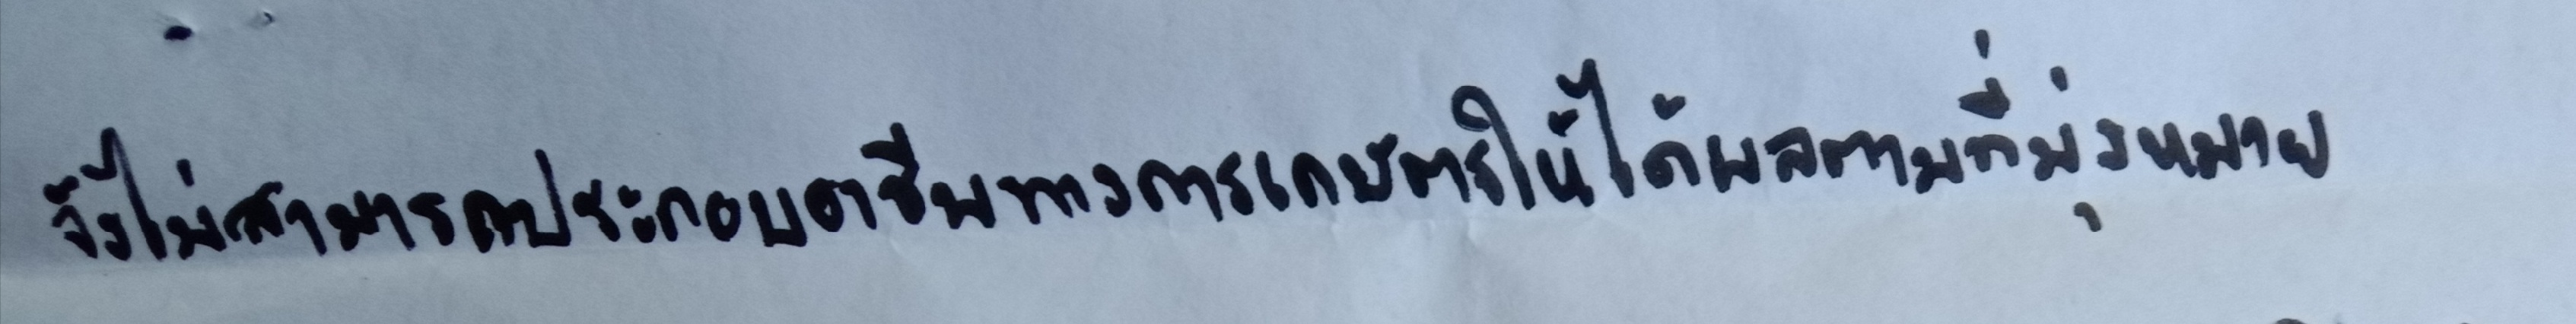
จึงไม่สามารถประกอบอาชีพทางการเกษตรให้ได้ผลตามที่มุ่งหมาย